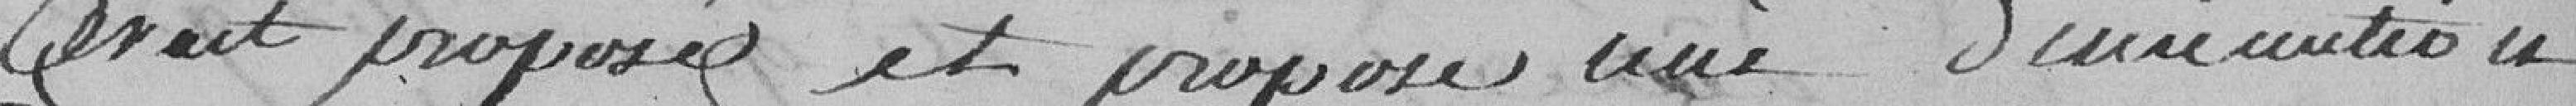
avait proposé une diminution